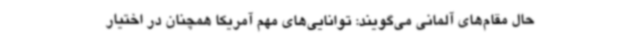
حال مقام‌های آلمانی می‌گویند: توانایی‌های مهم آمریکا همچنان در اختیار